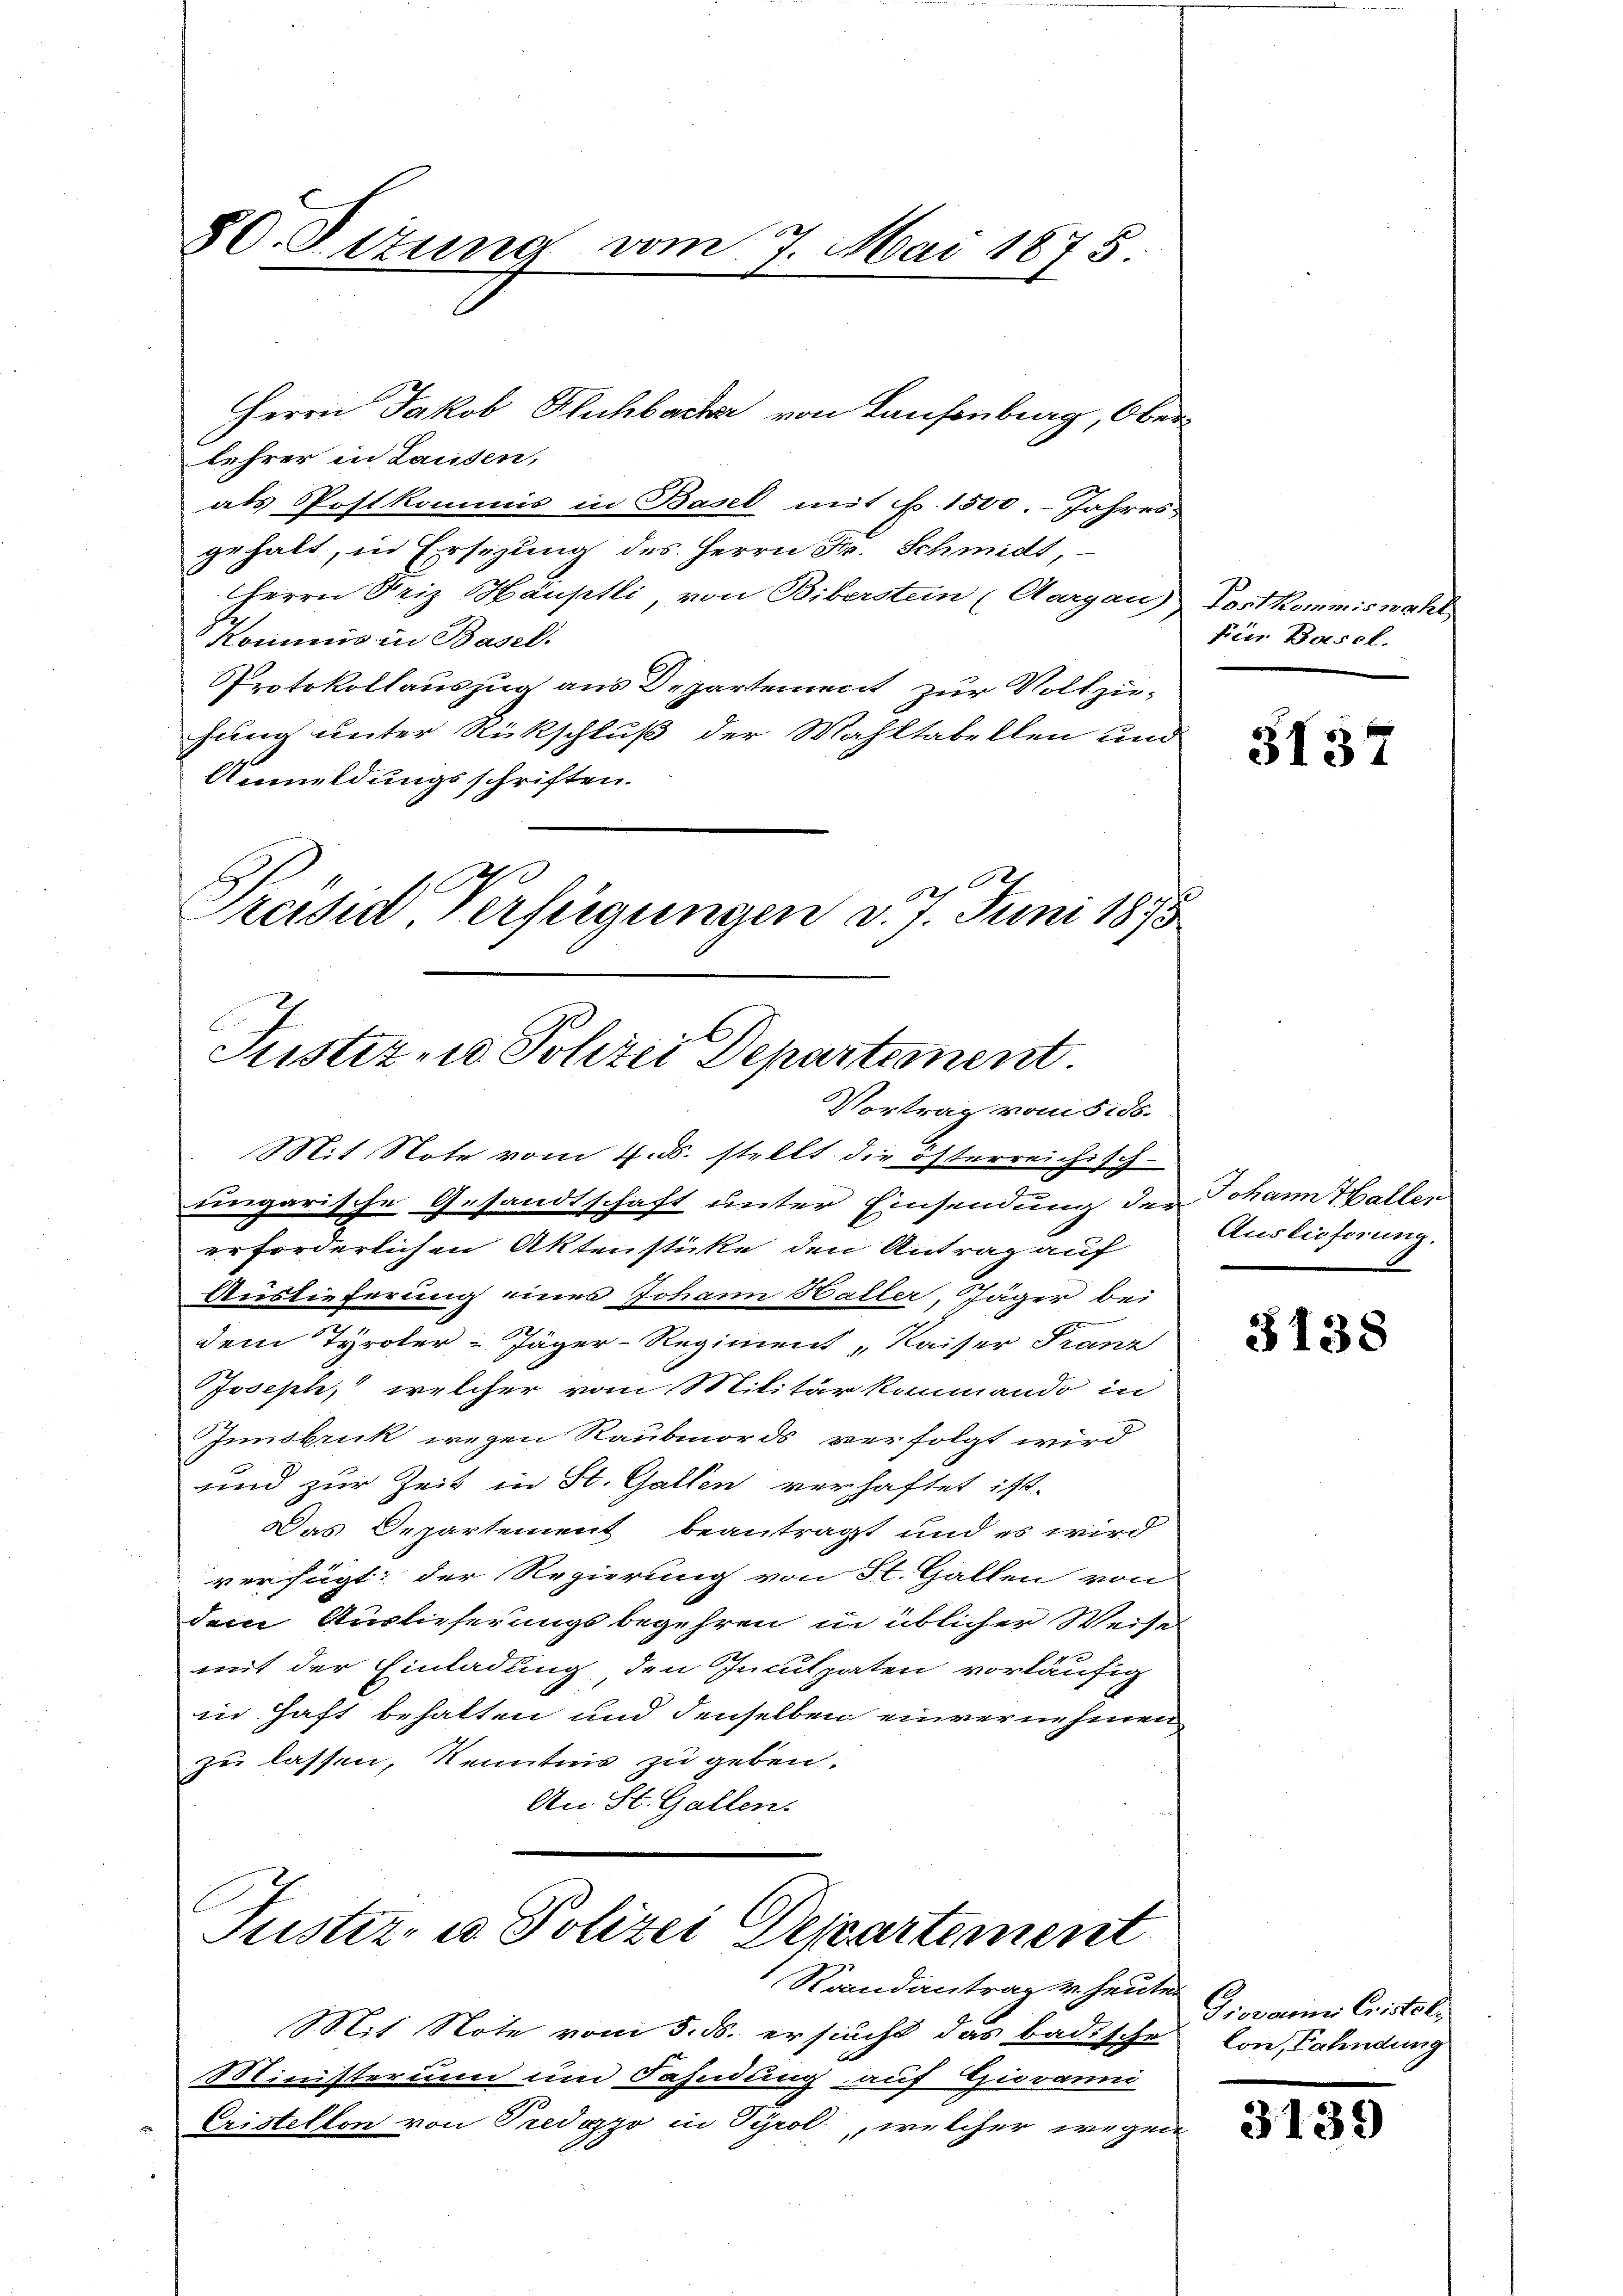
80. Sitzung vom 7. Mai 1875.

lehrer in Lausen,
als Postkommis in Basel mit Fr. 1500. Jahres
gehalt, in Ersezung des Herrn Fr. Schmidt,
Herrn Friz Häuptli, von Biberstein (Aargau), Vortkommiswahl
Kommis in Basel.
Protokollauszug aus Departement zur Vollzu-
hung unter Rückschluß der Wahltabellen und
Anmeldungsschriften.
Preisid Verfügungen d. 7. Juni 1875

Herrn Jakob Buchbarker von Laufenberg, Ober¬

Justiz - Polizei Departement.
Vortrag vom 5. 55.
Mit Note vom 1. d. stellt die österreichisch-

eingarische Gesandtschaft unter Einsendung der Johann Hallen
erforderlichen Aktenstücke den Antrag auf
Auslieferung eines Johann Haller, Jäger bei
dem Tyroler Jäger-Regiment Kaiser Franz
Joseph, welcher vom Militärkommando in
Innsbruk wegen Raubmords verfolgt wird
und zur Zeit in St. Gallen verhaftet ist.
Das Departement beantragt und es wird
verfügt: der Regierung von St. Gallen von
dem Auslieferungsbegehren in üblicher Weise
mit der Einladung den Inculpaten vorläufig
in Haft behalten und denselben einvernehmen
zu lassen, Kenntnis zu geben.
An St. Gallen.

Justiz- u. Polizei Departement
Randantrag v. heute.

fier Basel.

Mit Note vom 5. ds. ersucht das badische von Fahndung
Ministerium um Fahndung auf Hiranni
Cristellon von Predozzo in Tyrol, welcher wegen

3137

Auslieferung.

3138

Giovannes Cristoli

3139